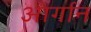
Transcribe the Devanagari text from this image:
आर्गान